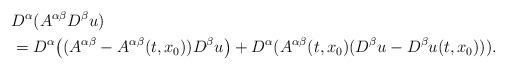
LaTeX: \begin{align*}&D^\alpha (A^{\alpha\beta}D^\beta u)\\&=D^\alpha \big((A^{\alpha\beta}-A^{\alpha\beta}(t,x_0))D^\beta u\big)+D^\alpha (A^{\alpha\beta}(t,x_0)(D^\beta u-D^\beta u(t,x_0))).\end{align*}